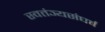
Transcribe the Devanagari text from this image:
स्वतंञ्यसंघर्ष